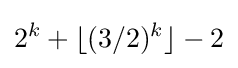
2^{k}+\lfloor (3/2)^{k}\rfloor -2